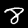
Label: 8